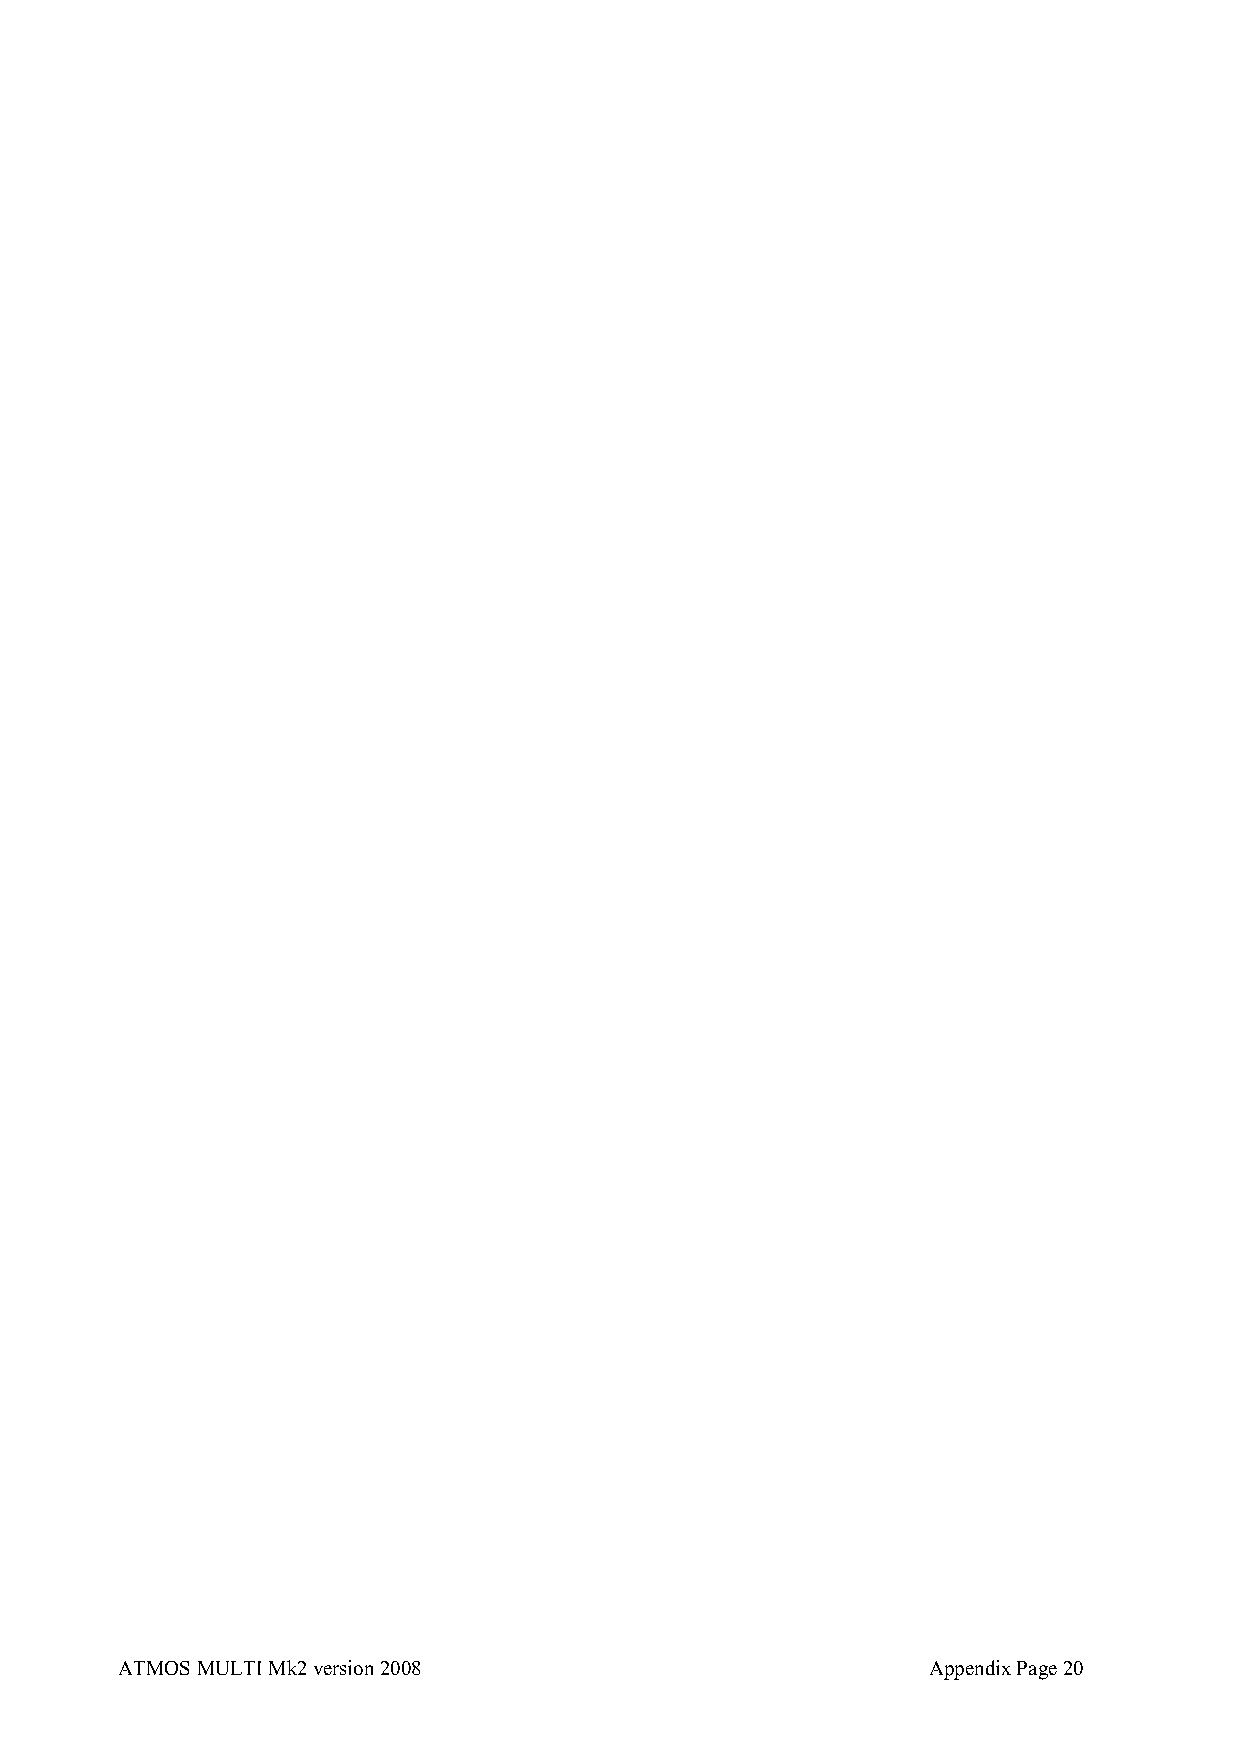
ATMOS MULTI Mk2 version 2008                         Appendix Page 20